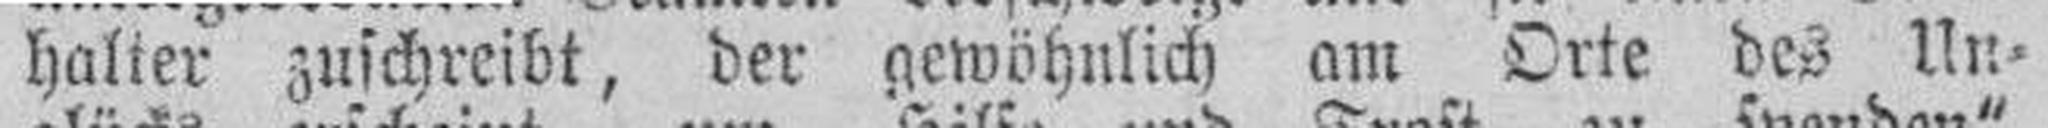
halier zuschreibt, der gewöhnlich am Orte des Un¬